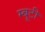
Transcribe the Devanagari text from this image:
म्बूटी